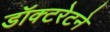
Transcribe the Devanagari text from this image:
डॉक्टरेटने